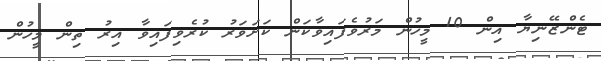
ޓެންޒޭނިޔާ އިން 10 މީހުން މަރުވެފައިވާކަން ކަށަވަރު ކުރެވިފައިވާ އިރު ތިން މީހުން